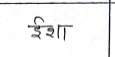
मजकूर: ईशा